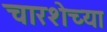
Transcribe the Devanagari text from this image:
चारशेच्या